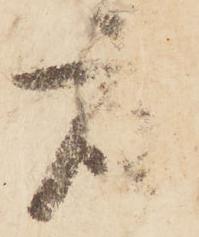
座